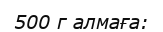
500 г алмаға: